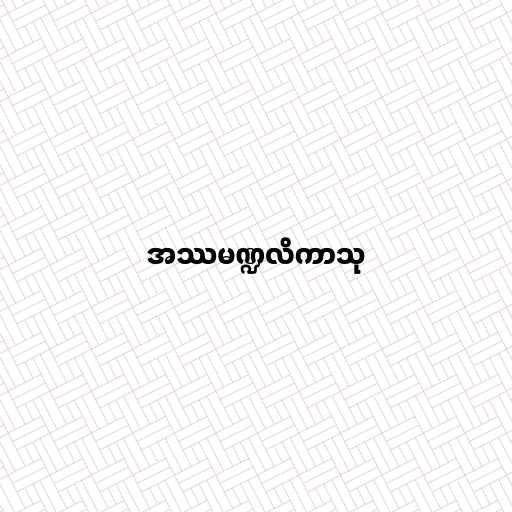
အဿမဏ္ဍလိကာသု